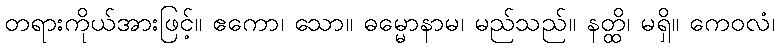
တရားကိုယ်အားဖြင့်။ ဧကော၊ သော။ ဓမ္မောနာမ၊ မည်သည်။ နတ္ထိ၊ မရှိ။ ကေဝလံ၊